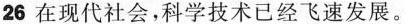
26 在现代社会,科学技术已经飞速发展。